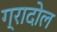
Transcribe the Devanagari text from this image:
ग्रादोल